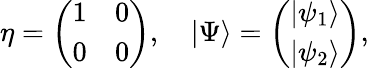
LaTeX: \eta=\left(\begin{array}{cc}{{1}}&{{0}}\\ {{0}}&{{0}}\end{array}\right),\quad|\Psi\rangle=\left(\begin{array}{c}{{|\psi_{1}\rangle}}\\ {{|\psi_{2}\rangle}}\end{array}\right),